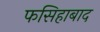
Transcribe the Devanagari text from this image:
फसिहाबाद